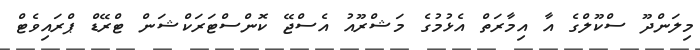
މިލަންދޫ ސްކޫލްގެ އާ އިިމާރަތް އެޅުމުގެ މަޝްރޫއު އެސްޖޭ ކޮންސްޓަރަކްޝަން ޓްރޭޑް ޕްރައިވެޓް